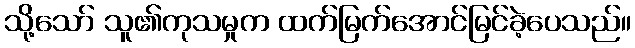
သို့သော် သူ၏ကုသမှုက ထက်မြက်အောင်မြင်ခဲ့ပေသည်။